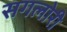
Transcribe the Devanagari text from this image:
सगलोरी